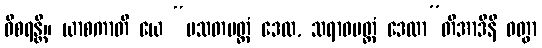
ဝိစရန္တိ။ ယာစကာတိ ယေ “ပသတမတ္တံ ဒေထ, သရာဝမတ္တံ ဒေထာ”တိအာဒီနိ ဝတွာ